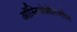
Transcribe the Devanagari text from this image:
ऑस्टियोप्रोटिजरिन